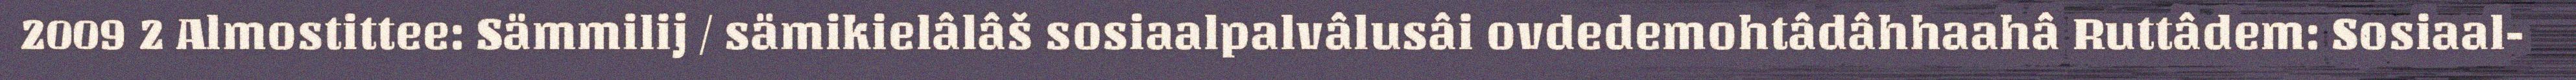
2009 2 Almostittee: Sämmilij / sämikielâlâš sosiaalpalvâlusâi ovdedemohtâdâhhaahâ Ruttâdem: Sosiaal-